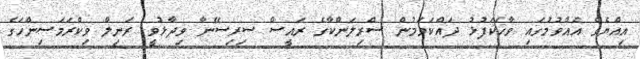
އިއްޔެގެ އެއްވުމުގައި ވާހަކަފުޅު ދައްކަވަމުން ސްރިލަންކާގެ ރައީސް ސިރިސޭނާ ވިދާޅުވީ ރަނިލް ވިކްރަމަސިންހަގެ